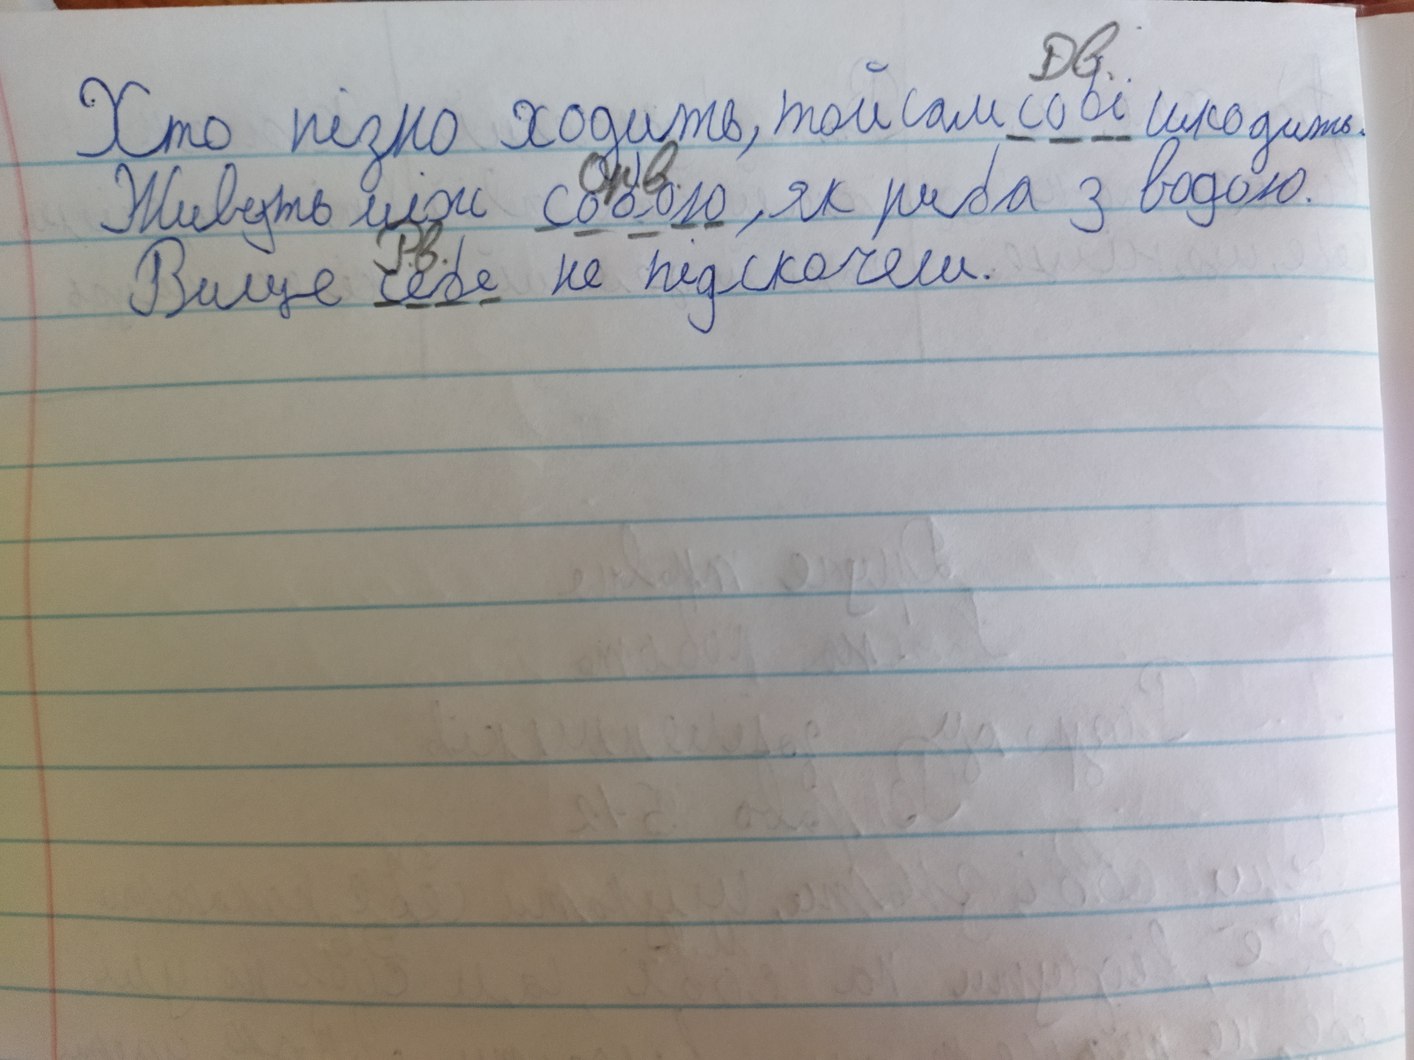
Дв.
Хто пізно ходить, той собі шкодить.
Живуть між собою, як риба з водою.
Вище себе не підскочеш.